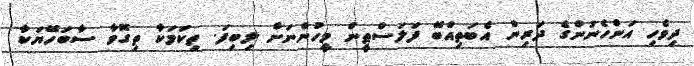
ދިވެހި އަންހެނުންގެ ދަރިން އެބަތިއްބޭ ފަލަސްޠީން މީހުންނަށް ލިބިފަ. ތިކަމަކާ ތިގޮވާ ސާބަހޭޔަކާ